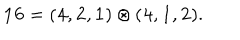
{ \bf 1 6 } = ( { \bf 4 } , { \bf 2 } , { \bf 1 } ) \otimes ( { \bf 4 } , { \bf 1 } , { \bf 2 } ) .